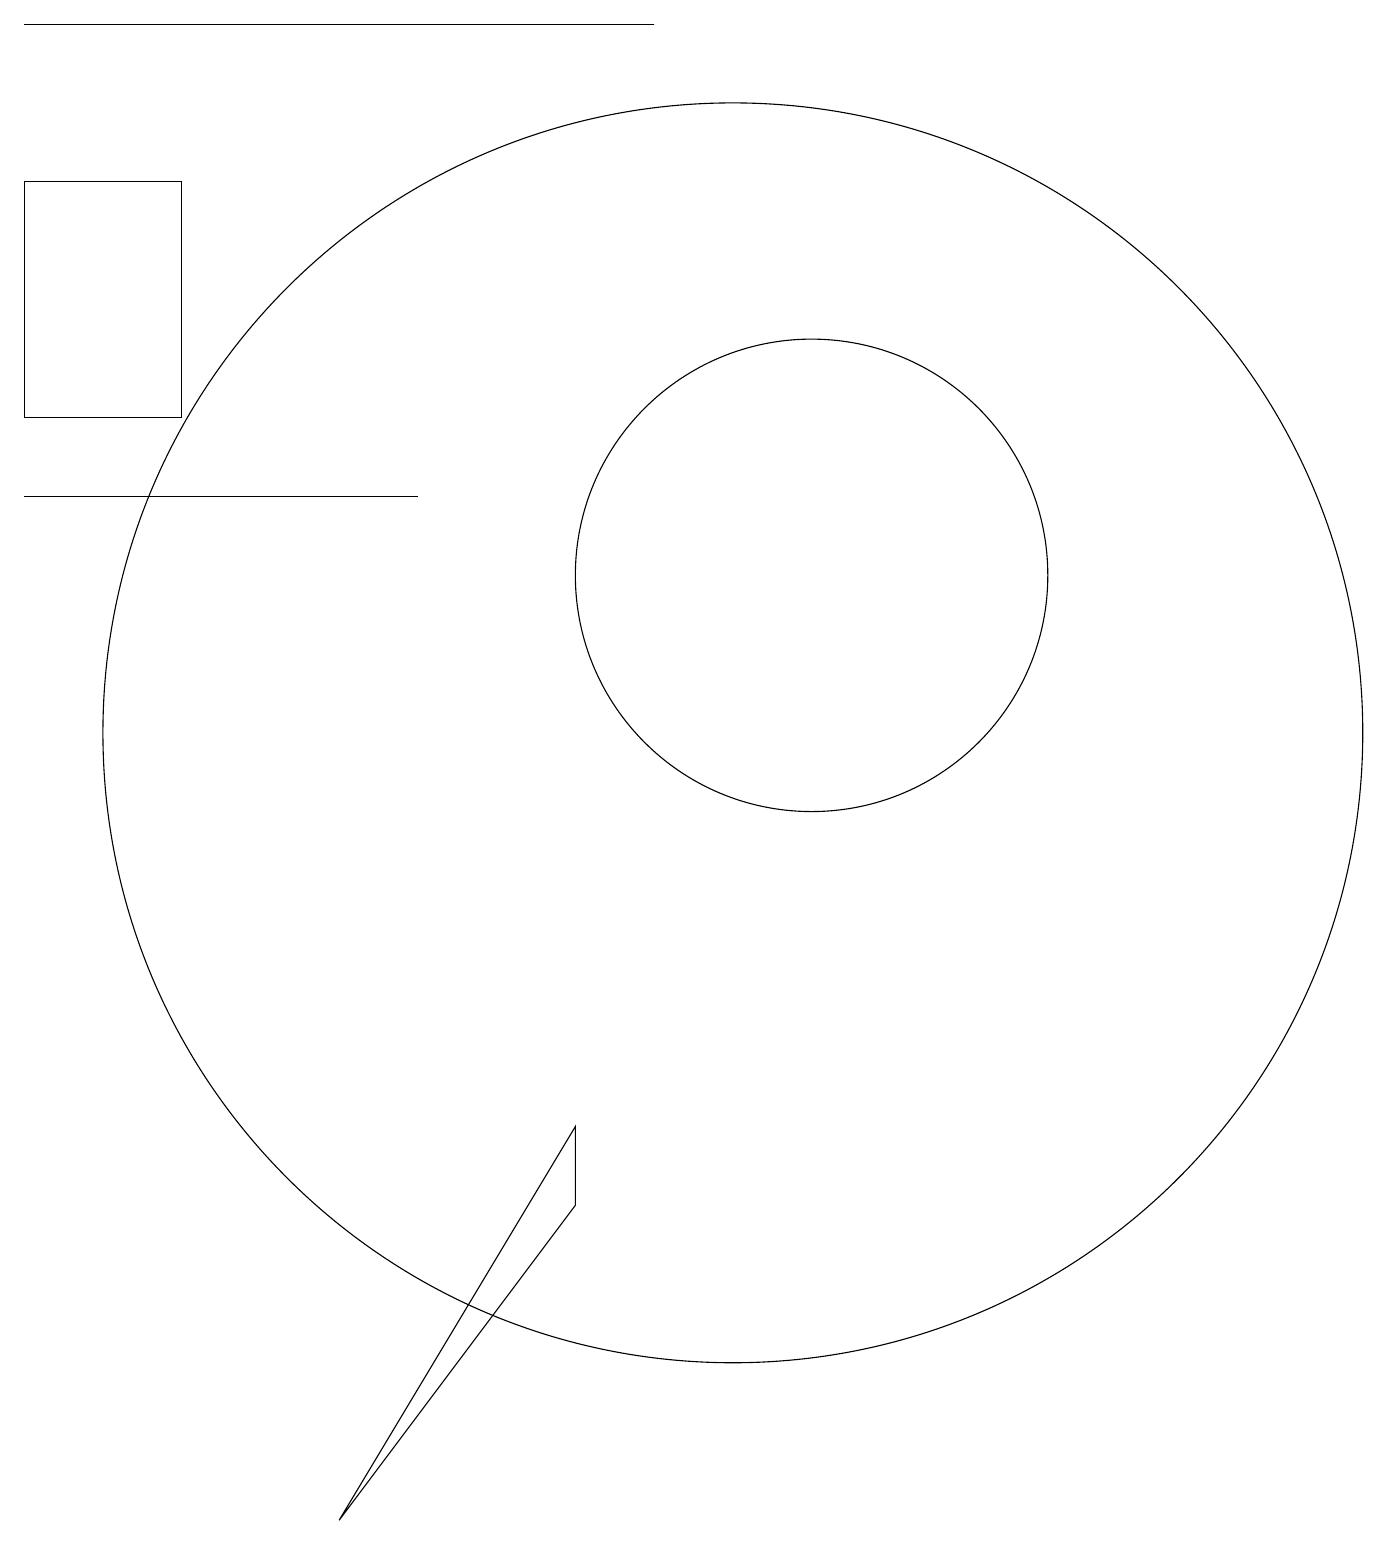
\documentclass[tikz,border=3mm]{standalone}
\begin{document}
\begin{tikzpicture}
\draw (8,4) -- (5,0) -- (8,5) -- cycle;
\draw (1,13) rectangle (6,13);
\draw (3,17) rectangle (1,14);
\draw (9,19) rectangle (1,19);
\draw (11,12) circle (3);
\draw (10,10) circle (8);
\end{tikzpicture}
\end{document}